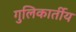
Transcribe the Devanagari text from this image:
गुलिकार्तीय